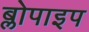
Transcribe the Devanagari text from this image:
ब्लोपाइप